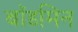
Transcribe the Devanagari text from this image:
बॉडमिन